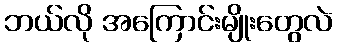
ဘယ်လို အကြောင်းမျိုးတွေလဲ